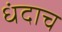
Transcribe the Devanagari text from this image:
धंदाच